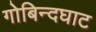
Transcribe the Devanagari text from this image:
गोबिन्दघाट